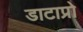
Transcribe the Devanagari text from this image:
डाटाप्रो